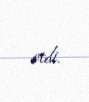
etdi.